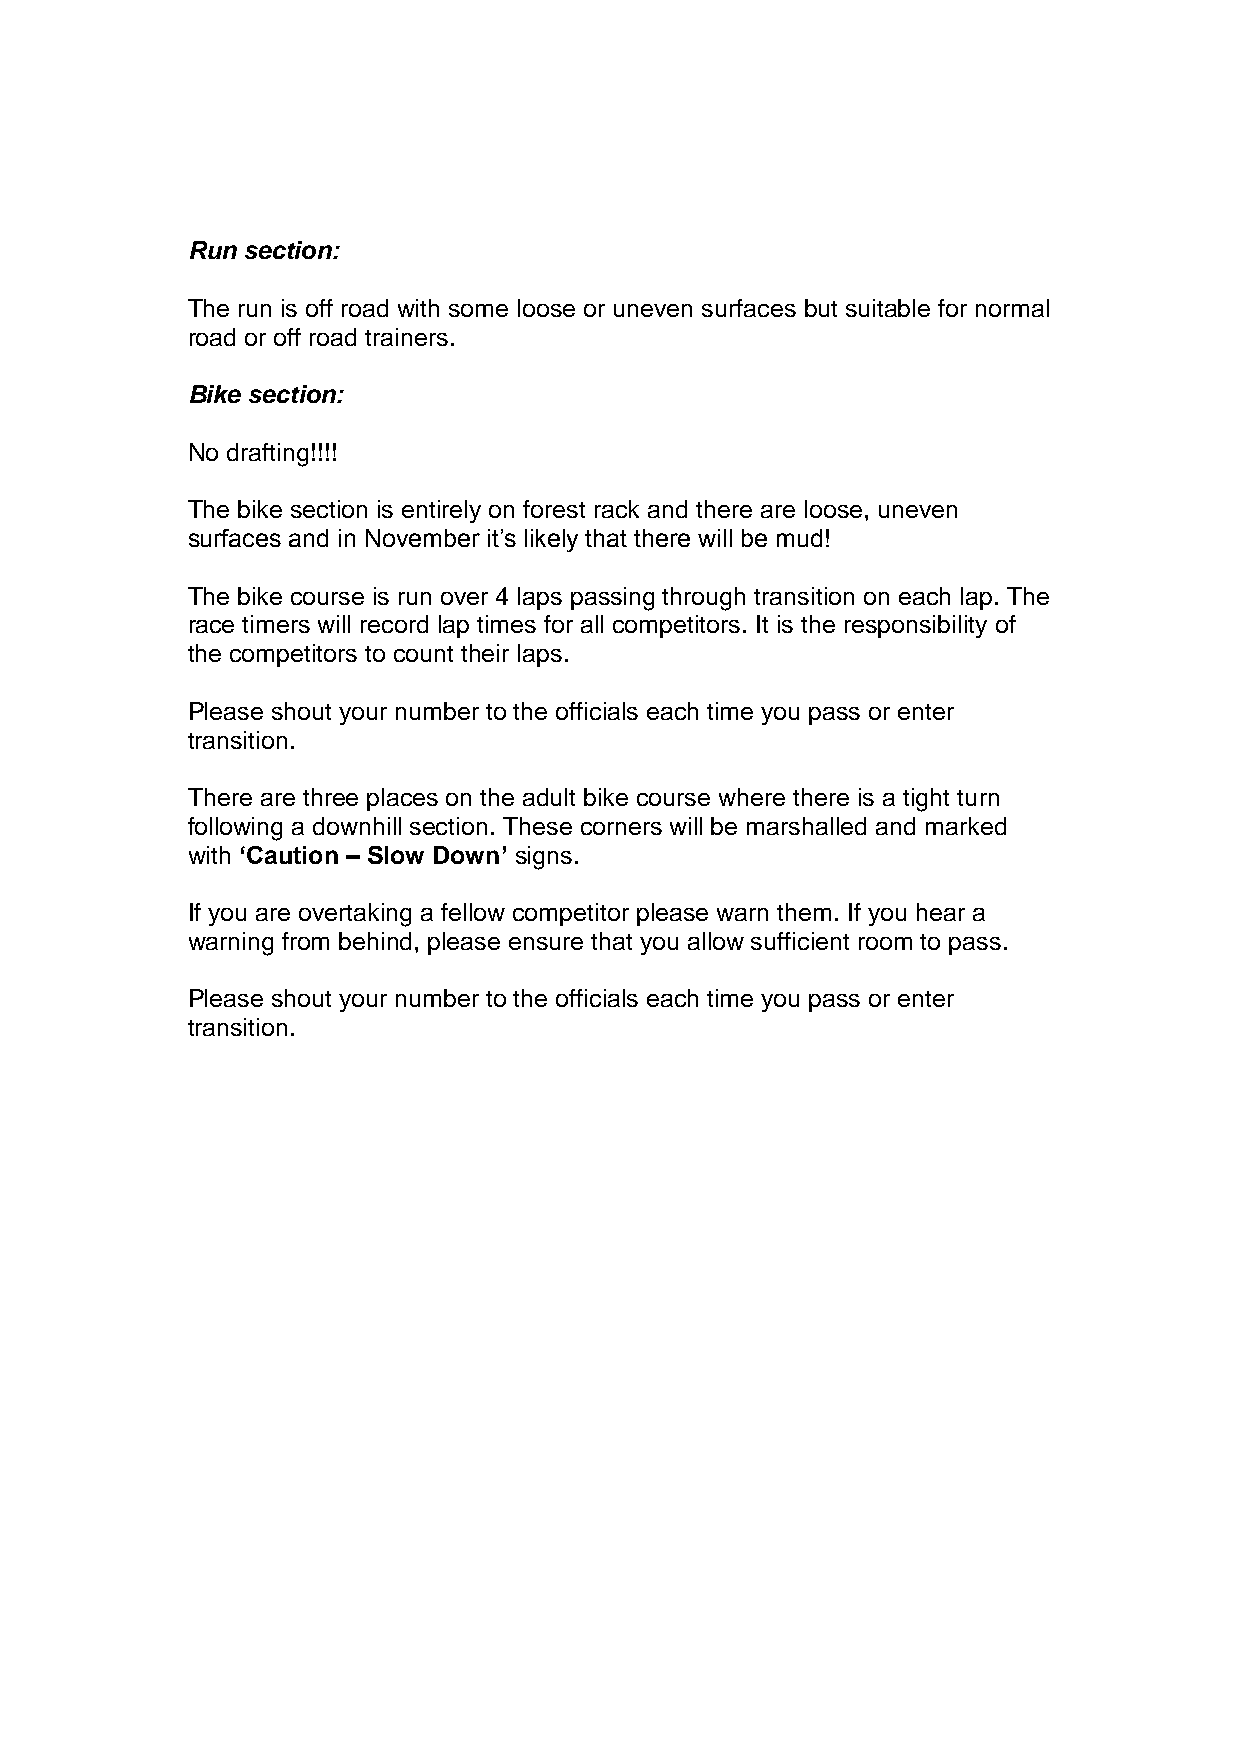
Run section:
 The run is off road with some loose or uneven surfaces but suitable for normal
 road or off road trainers.
 Bike section:
 No drafting!!!!
 The bike section is entirely on forest rack and there are loose, uneven
 surfaces and in November it’s likely that there will be mud!
 The bike course is run over 4 laps passing through transition on each lap. The
 race timers will record lap times for all competitors. It is the responsibility of
 the competitors to count their laps.
 Please shout your number to the officials each time you pass or enter
 transition.
 There are three places on the adult bike course where there is a tight turn
 following a downhill section. These corners will be marshalled and marked
 with ‘Caution – Slow Down’ signs.
 If you are overtaking a fellow competitor please warn them. If you hear a
 warning from behind, please ensure that you allow sufficient room to pass.
 Please shout your number to the officials each time you pass or enter
 transition.